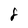
Character: 8